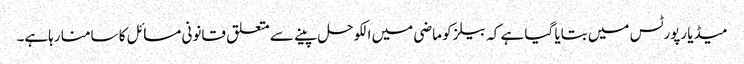
میڈیا رپورٹس میں بتایا گیا ہے کہ بیلز کو ماضی میں الکوحل پینے سے متعلق قانونی مسائل کا سامنا رہاہے۔